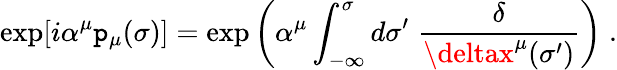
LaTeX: \exp[i\alpha^{\mu}\mathtt{p}_{\mu}(\sigma)]=\exp\left(\alpha^{\mu}\int_{-\infty}^{\sigma}d\sigma^{\prime}\; \frac{{\delta}}{{\deltax^{\mu}(\sigma^{\prime})}}\right)\; .